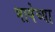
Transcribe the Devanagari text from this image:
भाषेच्‍या